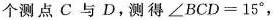
个测点C与D，测得$$∠ B C D = 1 5 °$$，